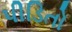
પીડિતો